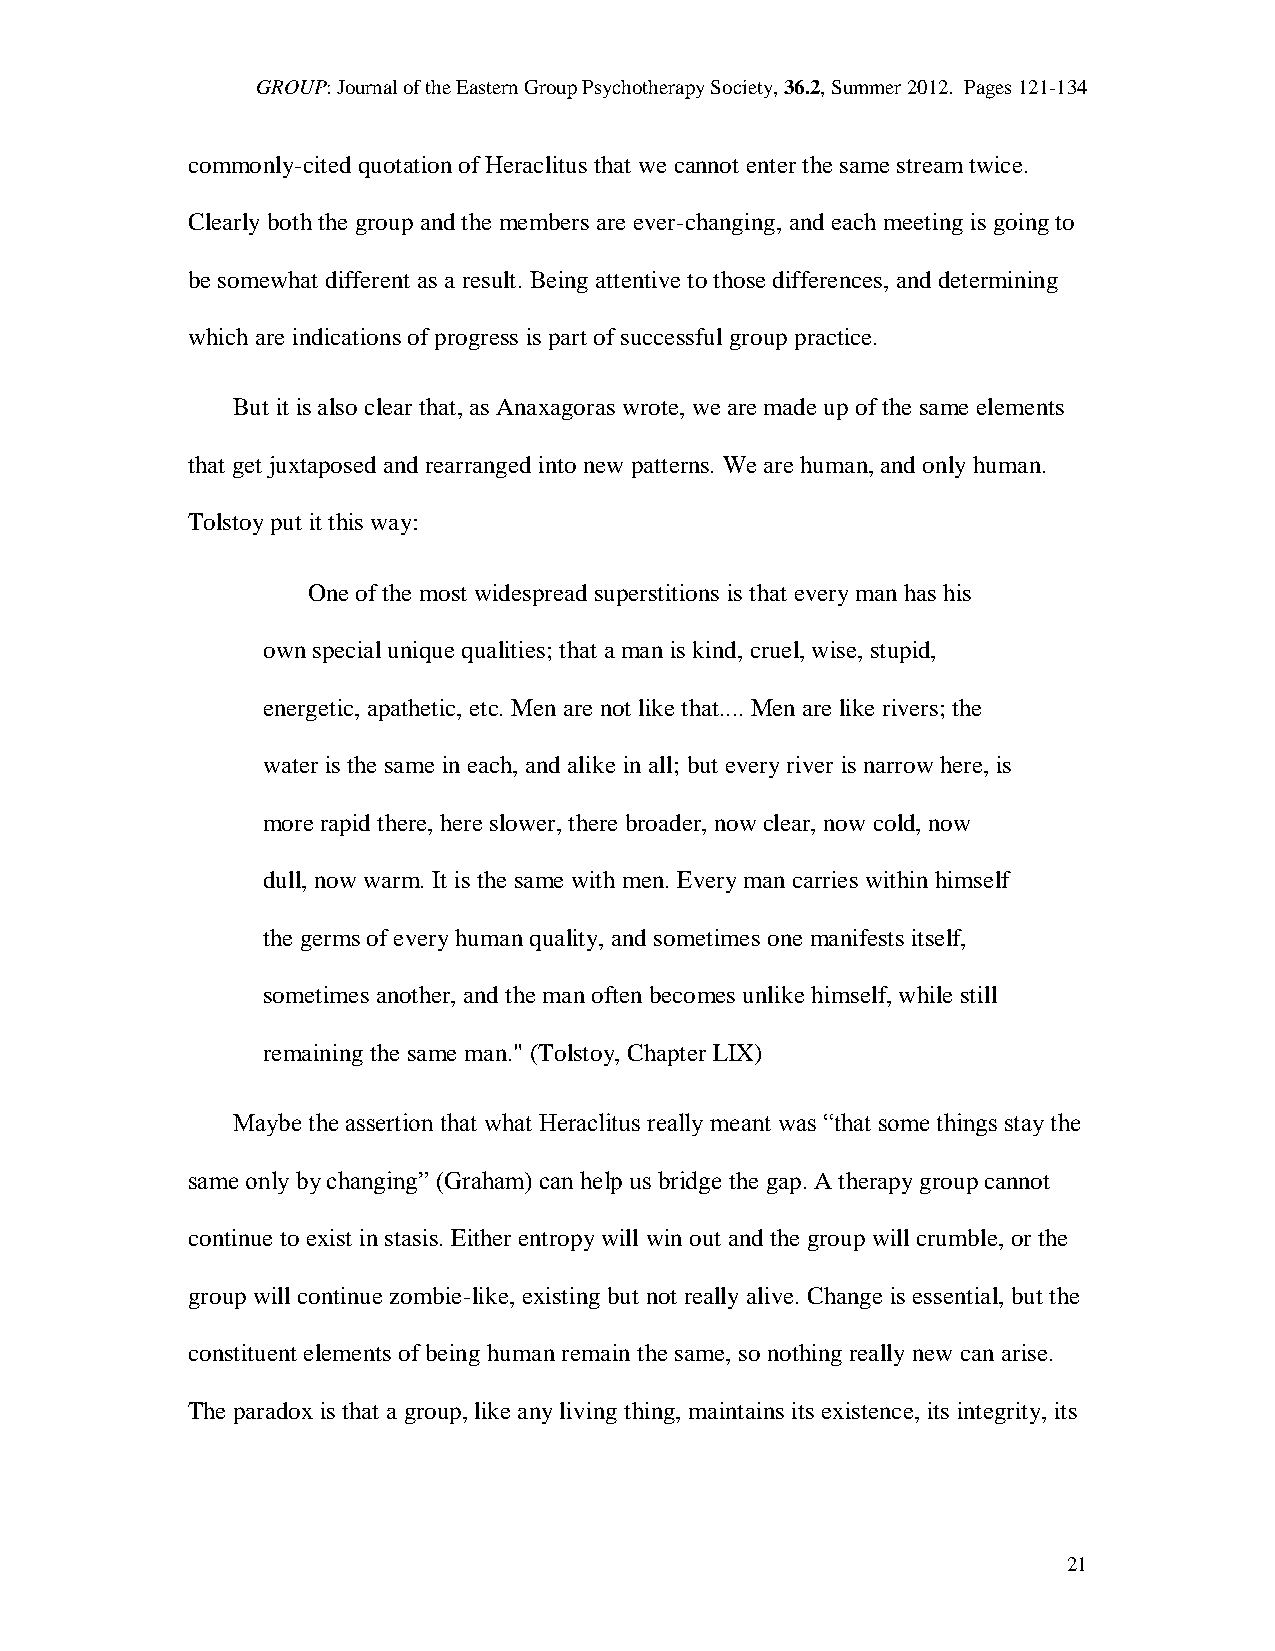
GROUP: Journal of the Eastern Group Psychotherapy Society, 36.2, Summer 2012. Pages 121-134
 commonly-cited quotation of Heraclitus that we cannot enter the same stream twice.
 Clearly both the group and the members are ever-changing, and each meeting is going to
 be somewhat different as a result. Being attentive to those differences, and determining
 which are indications of progress is part of successful group practice.
 But it is also clear that, as Anaxagoras wrote, we are made up of the same elements
 that get juxtaposed and rearranged into new patterns. We are human, and only human.
 Tolstoy put it this way:
 One of the most widespread superstitions is that every man has his
 own special unique qualities; that a man is kind, cruel, wise, stupid,
 energetic, apathetic, etc. Men are not like that.... Men are like rivers; the
 water is the same in each, and alike in all; but every river is narrow here, is
 more rapid there, here slower, there broader, now clear, now cold, now
 dull, now warm. It is the same with men. Every man carries within himself
 the germs of every human quality, and sometimes one manifests itself,
 sometimes another, and the man often becomes unlike himself, while still
 remaining the same man." (Tolstoy, Chapter LIX)
 Maybe the assertion that what Heraclitus really meant was “that some things stay the
 same only by changing” (Graham) can help us bridge the gap. A therapy group cannot
 continue to exist in stasis. Either entropy will win out and the group will crumble, or the
 group will continue zombie-like, existing but not really alive. Change is essential, but the
 constituent elements of being human remain the same, so nothing really new can arise.
 The paradox is that a group, like any living thing, maintains its existence, its integrity, its
 21